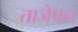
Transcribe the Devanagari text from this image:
ताजेपन